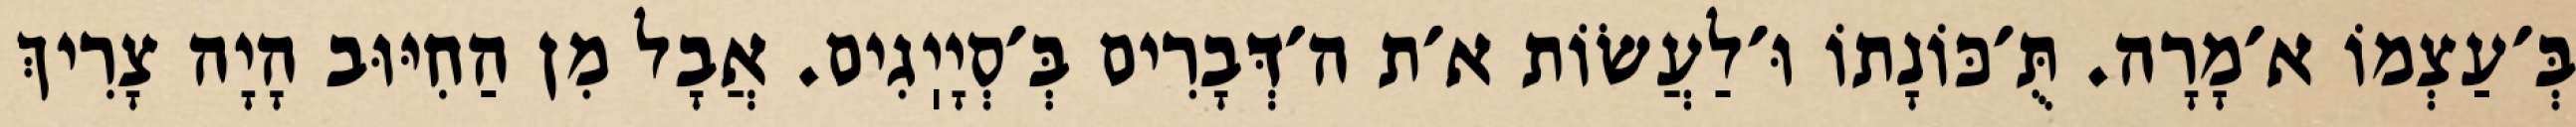
בְּ׳עַצְמוֹ א׳מָרָה. תֻּ׳כּוֹנָתוֹ וּ׳לַעֲשׂוֹת א׳ת ה׳דְּבָרִים בְּ׳סְיָיֽגִים. אֲבָל מִן הַחִיּוּב הָיָה צָרִיךְ